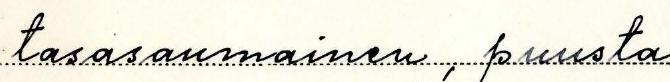
tasasaumainen, puusta